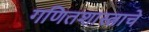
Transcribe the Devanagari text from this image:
गणितशास्त्राचे